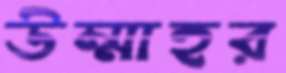
উম্মাহর